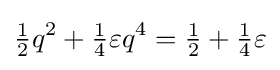
{\tfrac {1}{2}}q^{2}+{\tfrac {1}{4}}\varepsilon q^{4}={\tfrac {1}{2}}+{\tfrac {1}{4}}\varepsilon